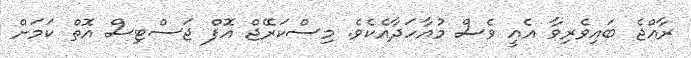
ރާއްޖެ ބައިވެރިވާ އެއީ ވެސް މުއާހަދާއެކެވެ. މިސްކަރޭޖް އޮފް ޖަސްޓިސް އޮތް ކަމަށް